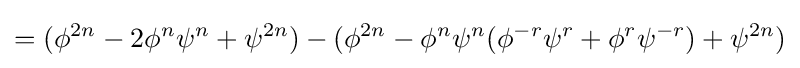
=(\phi ^{2n}-2\phi ^{n}\psi ^{n}+\psi ^{2n})-(\phi ^{2n}-\phi ^{n}\psi ^{n}(\phi ^{-r}\psi ^{r}+\phi ^{r}\psi ^{-r})+\psi ^{2n})